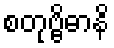
စတုဗ္ဗိဓာနိ